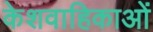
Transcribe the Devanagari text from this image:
केशवाहिकाओं